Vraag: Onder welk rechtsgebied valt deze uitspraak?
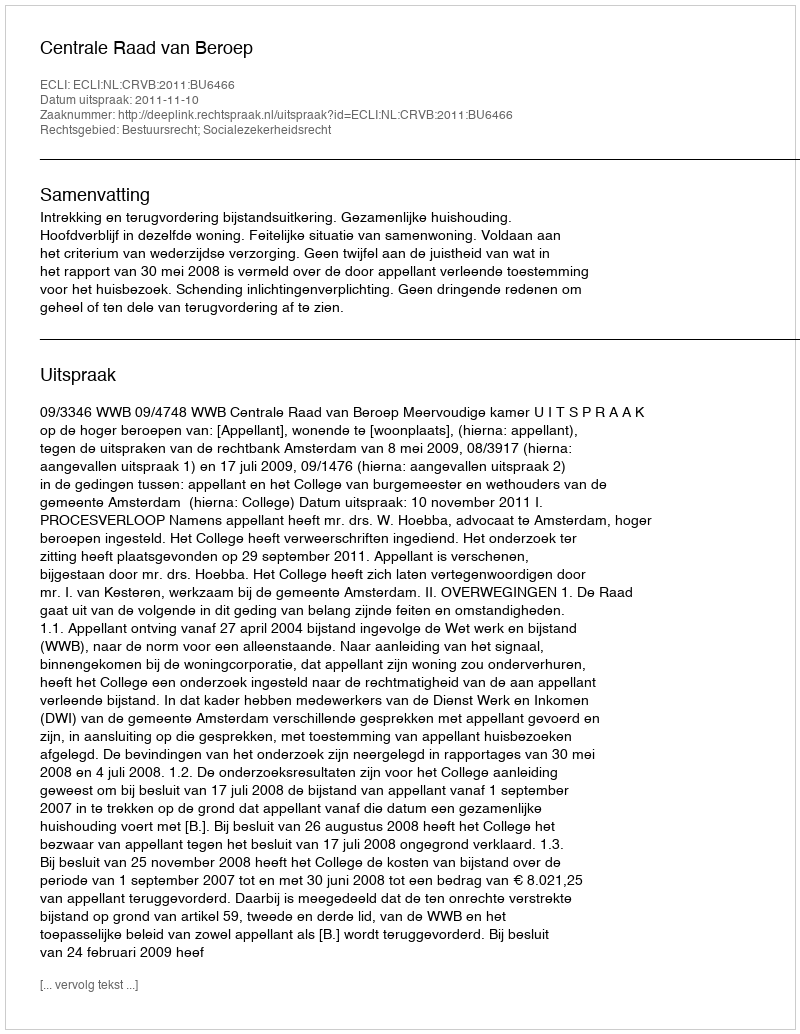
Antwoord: Bestuursrecht; Socialezekerheidsrecht